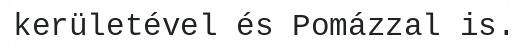
kerületével és Pomázzal is.